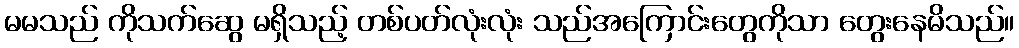
မမသည် ကိုသက်ဆွေ မရှိသည့် တစ်ပတ်လုံးလုံး သည်အကြောင်းတွေကိုသာ တွေးနေမိသည်။